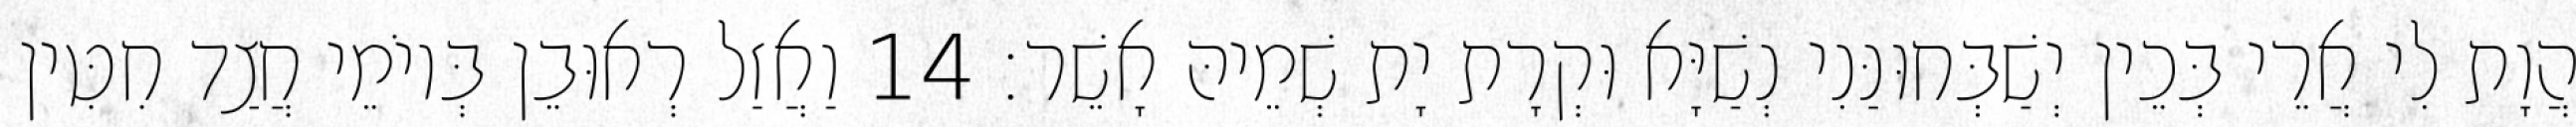
הֲוָת לִי אֲרֵי בְּכֵין יְשַׁבְּחוּנַּנִי נְשַׁיָּא וּקְרָת יָת שְׁמֵיהּ אָשֵׁר׃ 14 וַאֲזַל רְאוּבֵן בְּיוֹמֵי חֲצַד חִטִּין